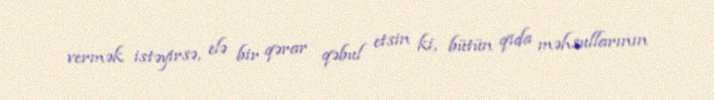
vermək istəyirsə, elə bir qərar qəbul etsin ki, bütün qida məhsullarının